Black-water fever - Number 35
Disease focus: Fever
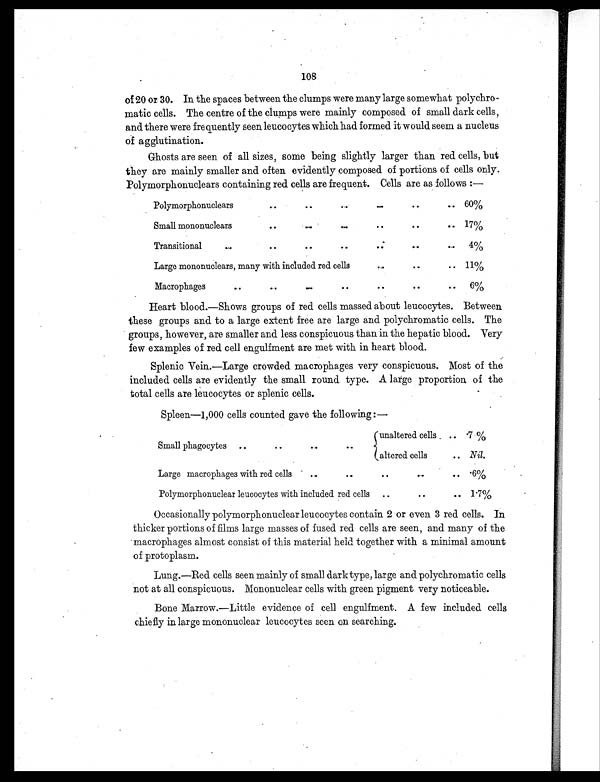
108
of 20 or 30. In the spaces between the clumps were many large somewhat polychro -
matic cells. The centre of the clumps were mainly composed of small dark cells,
and there were frequently seen leucocytes which had formed it would seem a nucleus
of agglutination.
Ghosts are seen of all sizes, some being slightly larger than red. cells, but
they are mainly smaller and often evidently composed of portions of cells only.
Polymorphonuclears containing red cells are frequent. Cells are as follows :—
Polymorphonuclears
.. ..
...
. .
..
..
60%
Small mononuclears
..
..
. .
..
..
17%
Transitional
..
..
.. ..
. .
. .
..
4%
Large mononuclears, many with included red cells
. .
. .
. .
11%
Macrophages
. . ..
..
. .
..
..
...
6%
Heart blood.—Shows groups of red cells massed about leucocytes. Between
these groups and to a large extent free are large and polychromatic cells. The
groups, however, are smaller and less conspicuous than in the hepatic blood. Very
few examples of red cell engulfment are met with in heart blood.
Splenic Vein.—Large crowded macrophages very conspicuous. Most of the
included cells are evidently the small round type. A large proportion of the
total cells are leucocytes or splenic cells.
Spleen—1,000 cells counted gave the following :—
Small phagocytes . .
..
..
..
unaltered cells . ..
. 7 %
altered cells
.. Nil.
Large macrophages with red cells
...
..
..
..
.. .6%
Polymorphonuclear leucocytes with included red cells ..
..
..
1.7%
Occasionally polymorphonuclear leucocytes contain 2 or even 3 red cells. In
thicker portions of films large masses of fused red cells are seen, and many of the
macrophages almost consist of this material held together with a minimal amount
of protoplasm.
Lung.—Red cells seen mainly of small dark type, large and polychromatic cells
not at all conspicuous. Mononuclear cells with green pigment very noticeable.
Bone Marrow.—Little evidence of cell engulfment. A few included cells
chiefly in large mononuclear leucocytes seen on searching.